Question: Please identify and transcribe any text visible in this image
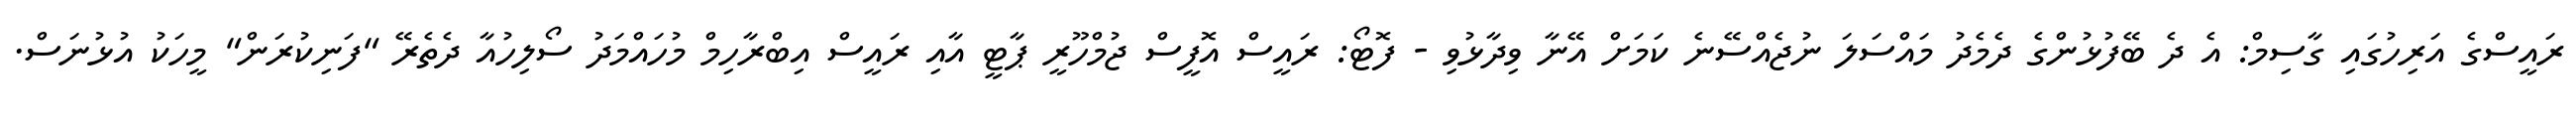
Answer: ރައީސްގެ އަރިހުގައި ގާސިމް: އެ ދެ ބޭފުޅުންގެ ދެމެދު މައްސަލަ ނުޖެއްސޭނެ ކަމަށް އޭނާ ވިދާޅުވި - ފޮޓޯ: ރައީސް އޮފީސް ޖުމްހޫރީ ޕާޓީ އާއި ރައީސް އިބްރާހިމް މުހައްމަދު ސޯލިހުއާ ދެތެރޭ "ފަނިކުރަން" މީހަކު އުޅުނަސް.